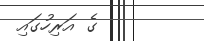
ގެ އަރިހުގައި